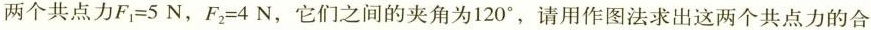
两个共点力$$F_{1}=5N$$，$$F_{2}=4 N$$，它们之间的夹角为120^{\circ}，请用作图法求出这两个共点力的合